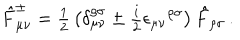
\hat { F } _ { \mu \nu } ^ { \pm } = { \textstyle \frac { 1 } { 2 } } \left( \delta _ { \mu \nu } ^ { \rho \sigma } \pm { \textstyle \frac { i } { 2 } } \epsilon _ { \mu \nu } { } ^ { \rho \sigma } \right) \hat { F } _ { \rho \sigma } \, .